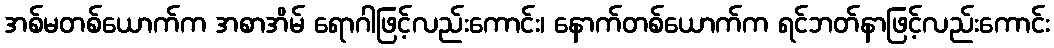
အစ်မတစ်ယောက်က အစာအိမ် ရောဂါဖြင့်လည်းကောင်း၊ နောက်တစ်ယောက်က ရင်ဘတ်နာဖြင့်လည်းကောင်း